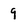
Character: g